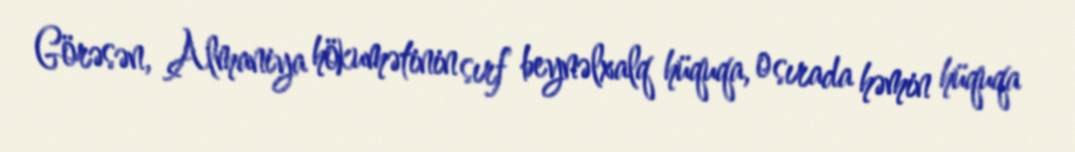
Görəsən, Almaniya hökumətinin sırf beynəlxalq hüquqa, o sırada həmin hüquqa